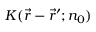
K ( \vec { r } - { \vec { r } } ^ { \prime } ; n _ { 0 } )